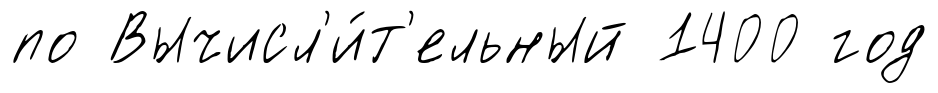
по Вычисл'и́т'ельный 1400 год